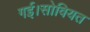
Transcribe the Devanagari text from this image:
गई।सोवियत